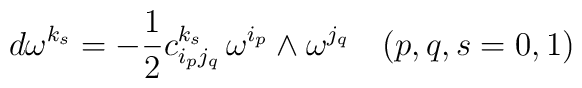
d\omega^{k_{ s}}= -\frac{1}{2} c_{i_{ p}j_{ q}}^{k_{ s}} \,\omega^{i_{ p}} \wedge \omega^{j_{ q}} \quad (p,q,s=0,1)